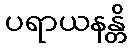
ပရာယနန္တိ